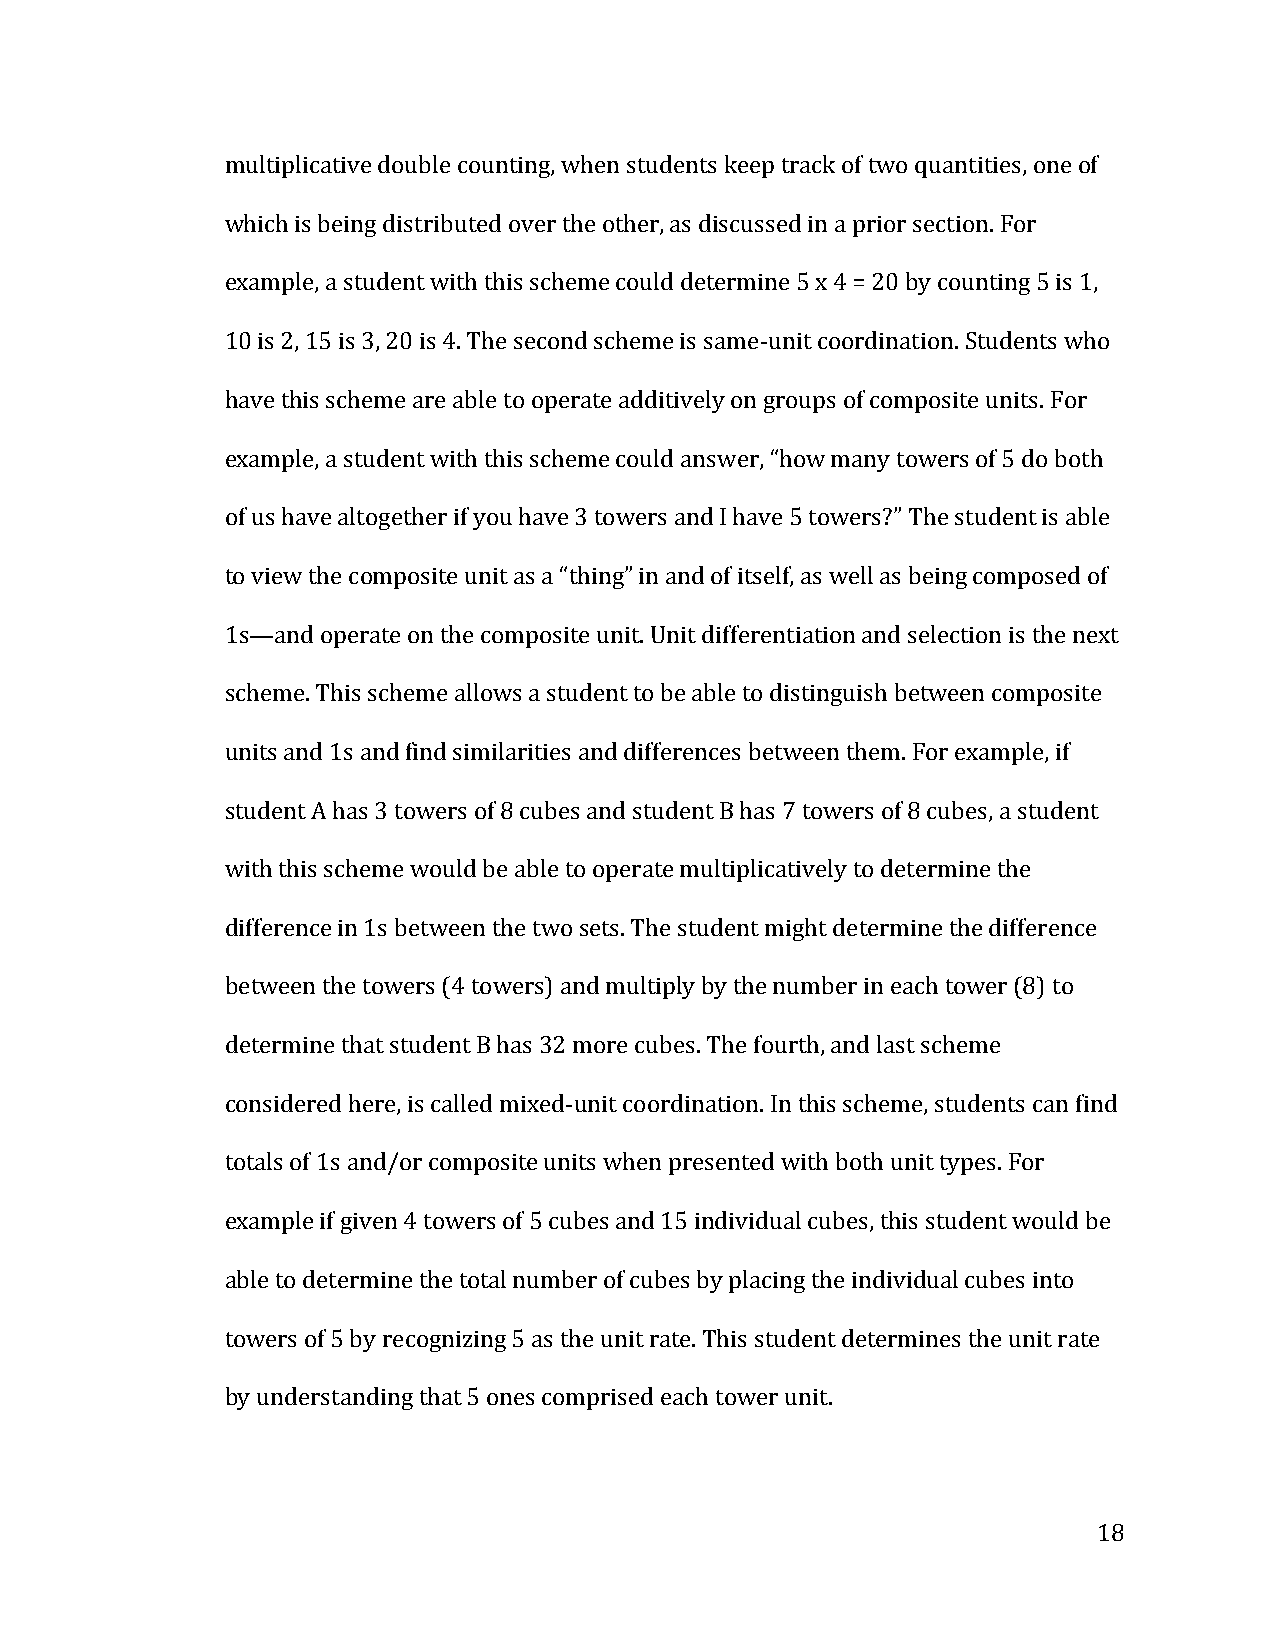
multiplicative double counting, when students keep track of two quantities, one of
 which is being distributed over the other, as discussed in a prior section. For
 example, a student with this scheme could determine 5 x 4 = 20 by counting 5 is 1,
 10 is 2, 15 is 3, 20 is 4. The second scheme is same-­‐unit coordination. Students who
 have this scheme are able to operate additively on groups of composite units. For
 example, a student with this scheme could answer, “how many towers of 5 do both
 of us have altogether if you have 3 towers and I have 5 towers?” The student is able
 to view the composite unit as a “thing” in and of itself, as well as being composed of
 1s—and operate on the composite unit. Unit differentiation and selection is the next
 scheme. This scheme allows a student to be able to distinguish between composite
 units and 1s and find similarities and differences between them. For example, if
 student A has 3 towers of 8 cubes and student B has 7 towers of 8 cubes, a student
 with this scheme would be able to operate multiplicatively to determine the
 difference in 1s between the two sets. The student might determine the difference
 between the towers (4 towers) and multiply by the number in each tower (8) to
 determine that student B has 32 more cubes. The fourth, and last scheme
 considered here, is called mixed-­‐unit coordination. In this scheme, students can find
 totals of 1s and/or composite units when presented with both unit types. For
 example if given 4 towers of 5 cubes and 15 individual cubes, this student would be
 able to determine the total number of cubes by placing the individual cubes into
 towers of 5 by recognizing 5 as the unit rate. This student determines the unit rate
 by understanding that 5 ones comprised each tower unit.
 18